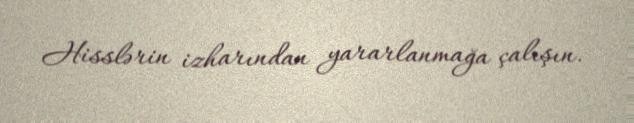
Hisslərin izharından yararlanmağa çalışın.